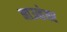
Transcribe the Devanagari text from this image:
नाउव्हेयर